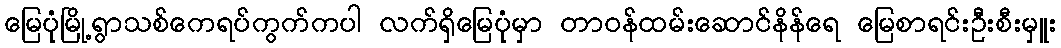
မြေပုံမြို့ရွာသစ်ကေရပ်ကွက်ကပါ လက်ရှိမြေပုံမှာ တာဝန်ထမ်းဆောင်နိန်ရေ မြေစာရင်းဦးစီးမှူး